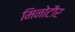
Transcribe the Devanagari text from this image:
मिनोटौर